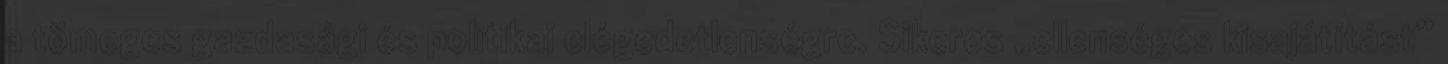
a tömeges gazdasági és politikai elégedetlenségre. Sikeres „ellenséges kisajátítást”